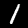
Label: 1